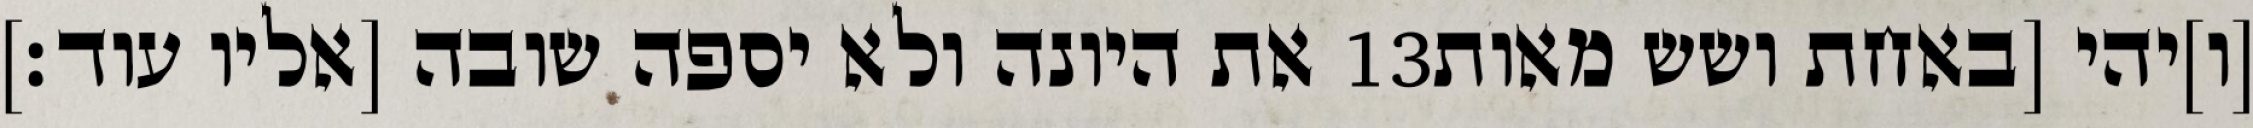
את היונה ולא יספה שובה [אליו עוד׃] ‎13‏ [ו]יהי [באחת ושש מאות